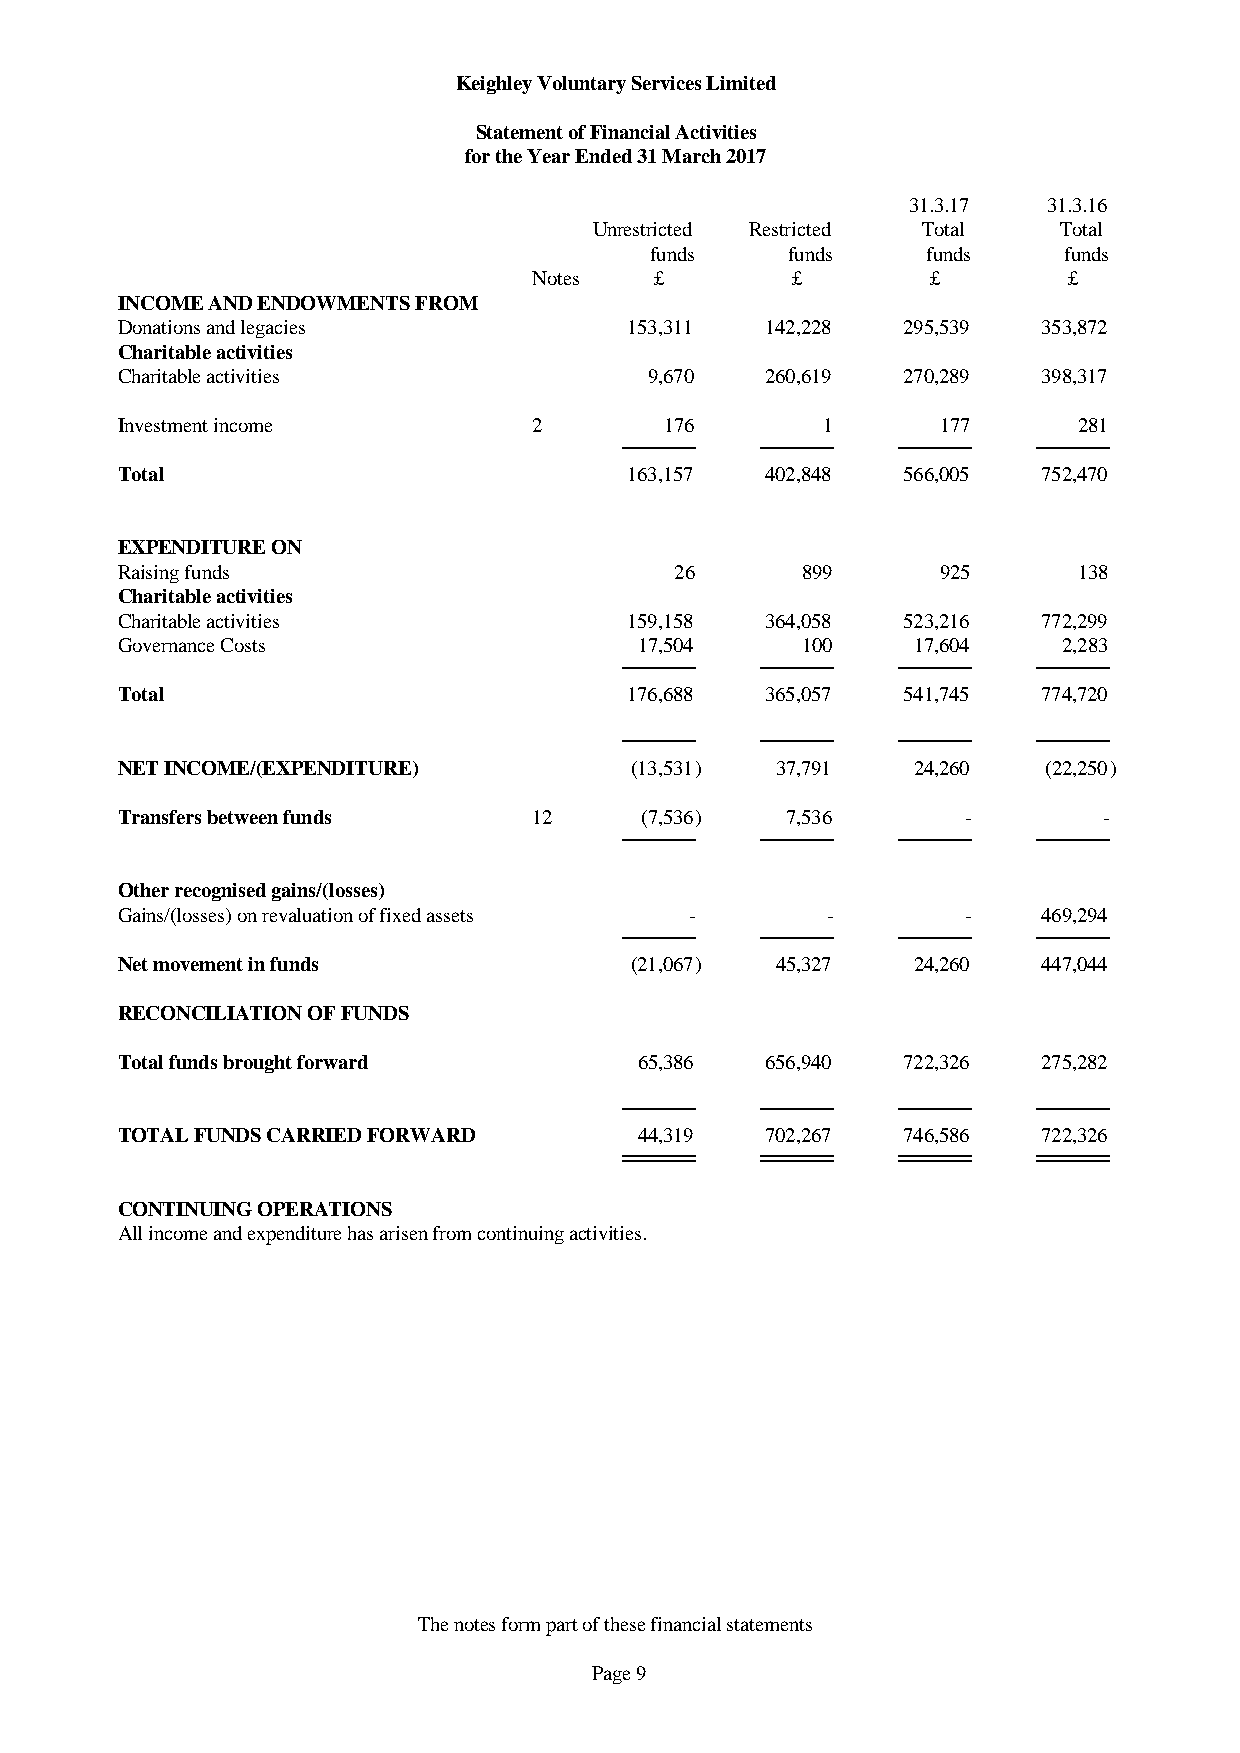
Keighley Voluntary Services Limited
 Statement of Financial Activities
 for the Year Ended 31 March 2017
 31.3.17  31.3.16
 Unrestricted Restricted Total  Total
 funds    funds    funds    funds
 Notes   £        £         £        £
 INCOME AND ENDOWMENTS FROM
 Donations and legacies            153,311  142,228  295,539  353,872
 Charitable activities
 Charitable activities              9,670   260,619  270,289  398,317
 Investment income          2        176       1       177      281
 Total                             163,157  402,848  566,005  752,470
 EXPENDITURE ON
 Raising funds                        26      899      925      138
 Charitable activities
 Charitable activities             159,158  364,058  523,216  772,299
 Governance Costs                  17,504     100    17,604    2,283
 Total                             176,688  365,057  541,745  774,720
 NET INCOME/(EXPENDITURE)          (13,531) 37,791   24,260   (22,250)
 Transfers between funds    12     (7,536)   7,536       -        -
 Other recognised gains/(losses)
 Gains/(losses) on revaluation of fixed assets - -       -    469,294
 Net movement in funds             (21,067) 45,327   24,260   447,044
 RECONCILIATION OF FUNDS
 Total funds brought forward       65,386   656,940  722,326  275,282
 TOTAL FUNDS CARRIED FORWARD       44,319   702,267  746,586  722,326
 CONTINUING OPERATIONS
 All income and expenditure has arisen from continuing activities.
 The notes form part of these financial statements
 Page 9